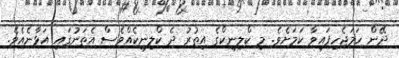
ދޭން ހަމަޖެހިފައިވާ ކަމަށެވެ. މި ކްލިނިކްގެ އިތުރު ދެ ކްލިނިކެއްވެސް އެތަނުގައި އަޅާނެއެވެ.